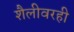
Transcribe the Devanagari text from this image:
शैलीवरही